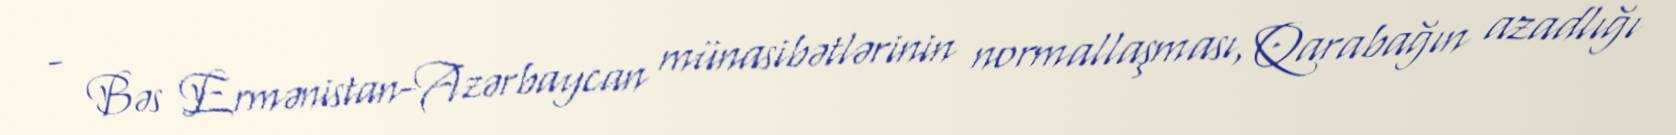
- Bəs Ermənistan-Azərbaycan münasibətlərinin normallaşması, Qarabağın azadlığı